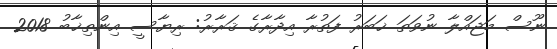
ނޫސް މަޖައްލާ ނުވަތަ ޚަބަރު ފަތުރާ އިދާރާގެެ ޤަރާރު: ރިޔާސީ އިންތިޚާބު 2018